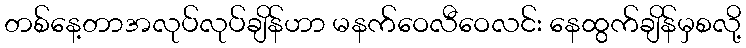
တစ်နေ့တာအလုပ်လုပ်ချိန်ဟာ မနက်ဝေလီဝေလင်း နေထွက်ချိန်မှစလို့